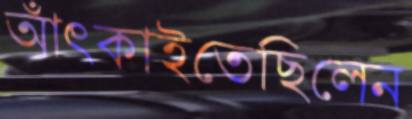
আঁৎকাইতেছিলেন